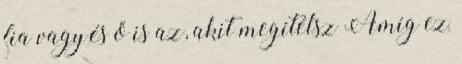
fia vagy,és ő is az, akit megítélsz Amíg ez